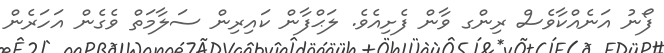
ފޯނު އަނެއްކާވެސް ރިންގ ވާން ފެށިއެވެ. ލަޙްފާން ކައިރިން ސަލާމަތް ވެގެން އަހަރެން